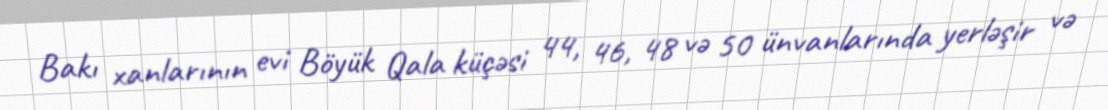
Bakı xanlarının evi Böyük Qala küçəsi 44, 46, 48 və 50 ünvanlarında yerləşir və